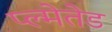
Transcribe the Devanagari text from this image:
प्ल्मेतेड